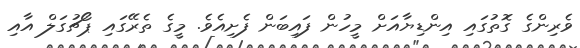
ވެރިންގެ ގޮތުގައި އިންޑިޔާއަށް މީހުން ފައިބަން ފެށިއެވެ. މީގެ ތެރޭގައި ޕޯޗުގަލް އާއި